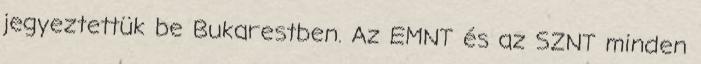
jegyeztettük be Bukarestben. Az EMNT és az SZNT minden